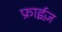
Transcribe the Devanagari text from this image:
फ्राईज़